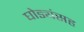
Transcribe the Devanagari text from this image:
घोड्यंसह